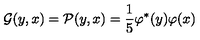
\mathcal G ( y , x ) = \mathcal P ( y , x ) = \frac { 1 } { 5 } \varphi ^ { * } ( y ) \varphi ( x )